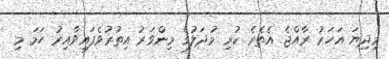
މިދިޔަ އަހަރު ރާއްޖެ އެތެރެ ކުރި މުދަލުގެ މިންވަރު އިތުރުވެފައިވާއިރު ހަމަ މި